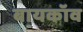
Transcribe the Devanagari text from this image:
बायकॉव